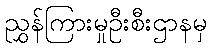
ညွှန်ကြားမှုဦးစီးဌာနမှ